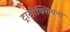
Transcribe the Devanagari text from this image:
ट्रासोक्सियना